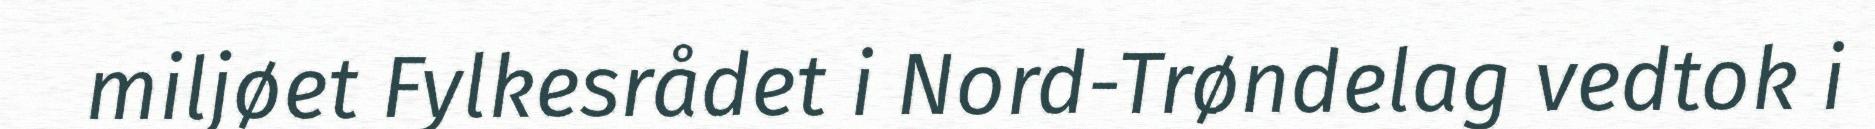
miljøet Fylkesrådet i Nord-Trøndelag vedtok i